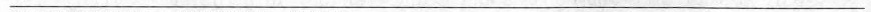
___